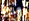
ولذا